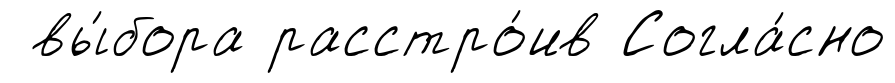
вы́бора расстро́ив Согла́сно